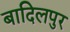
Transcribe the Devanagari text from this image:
बादिलपुर